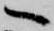
へ